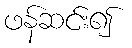
ဖန်ဆင်း၍